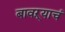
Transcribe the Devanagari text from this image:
बावऱ्याचं